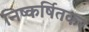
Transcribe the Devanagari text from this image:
निष्कर्षितकर